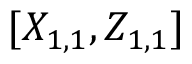
[ X _ { 1 , 1 } , Z _ { 1 , 1 } ]